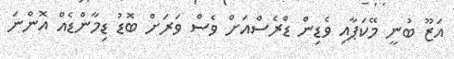
އަޒޫ ބުނީ މޭކަޕާއި ވެޑިން ޑްރެސްއަށް ވެސް ވަރަށް ބޮޑު ޑިމާންޑެއް އޮންނަ